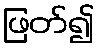
ဖြတ်၍